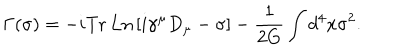
LaTeX: \Gamma ( \sigma ) = - i \mathrm { T r ~ L n } \left[ i \gamma ^ { \mu } D _ { \mu } - \sigma \right] - \frac { 1 } { 2 G } \int d ^ { 4 } x \sigma ^ { 2 } .